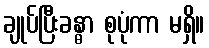
ချုပ်ပြီးခန္ဓာ စုပုံကာ မရှိ။